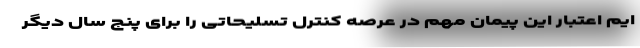
ایم اعتبار این پیمان مهم در عرصه کنترل تسلیحاتی را برای پنج سال دیگر